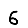
Digit: 6